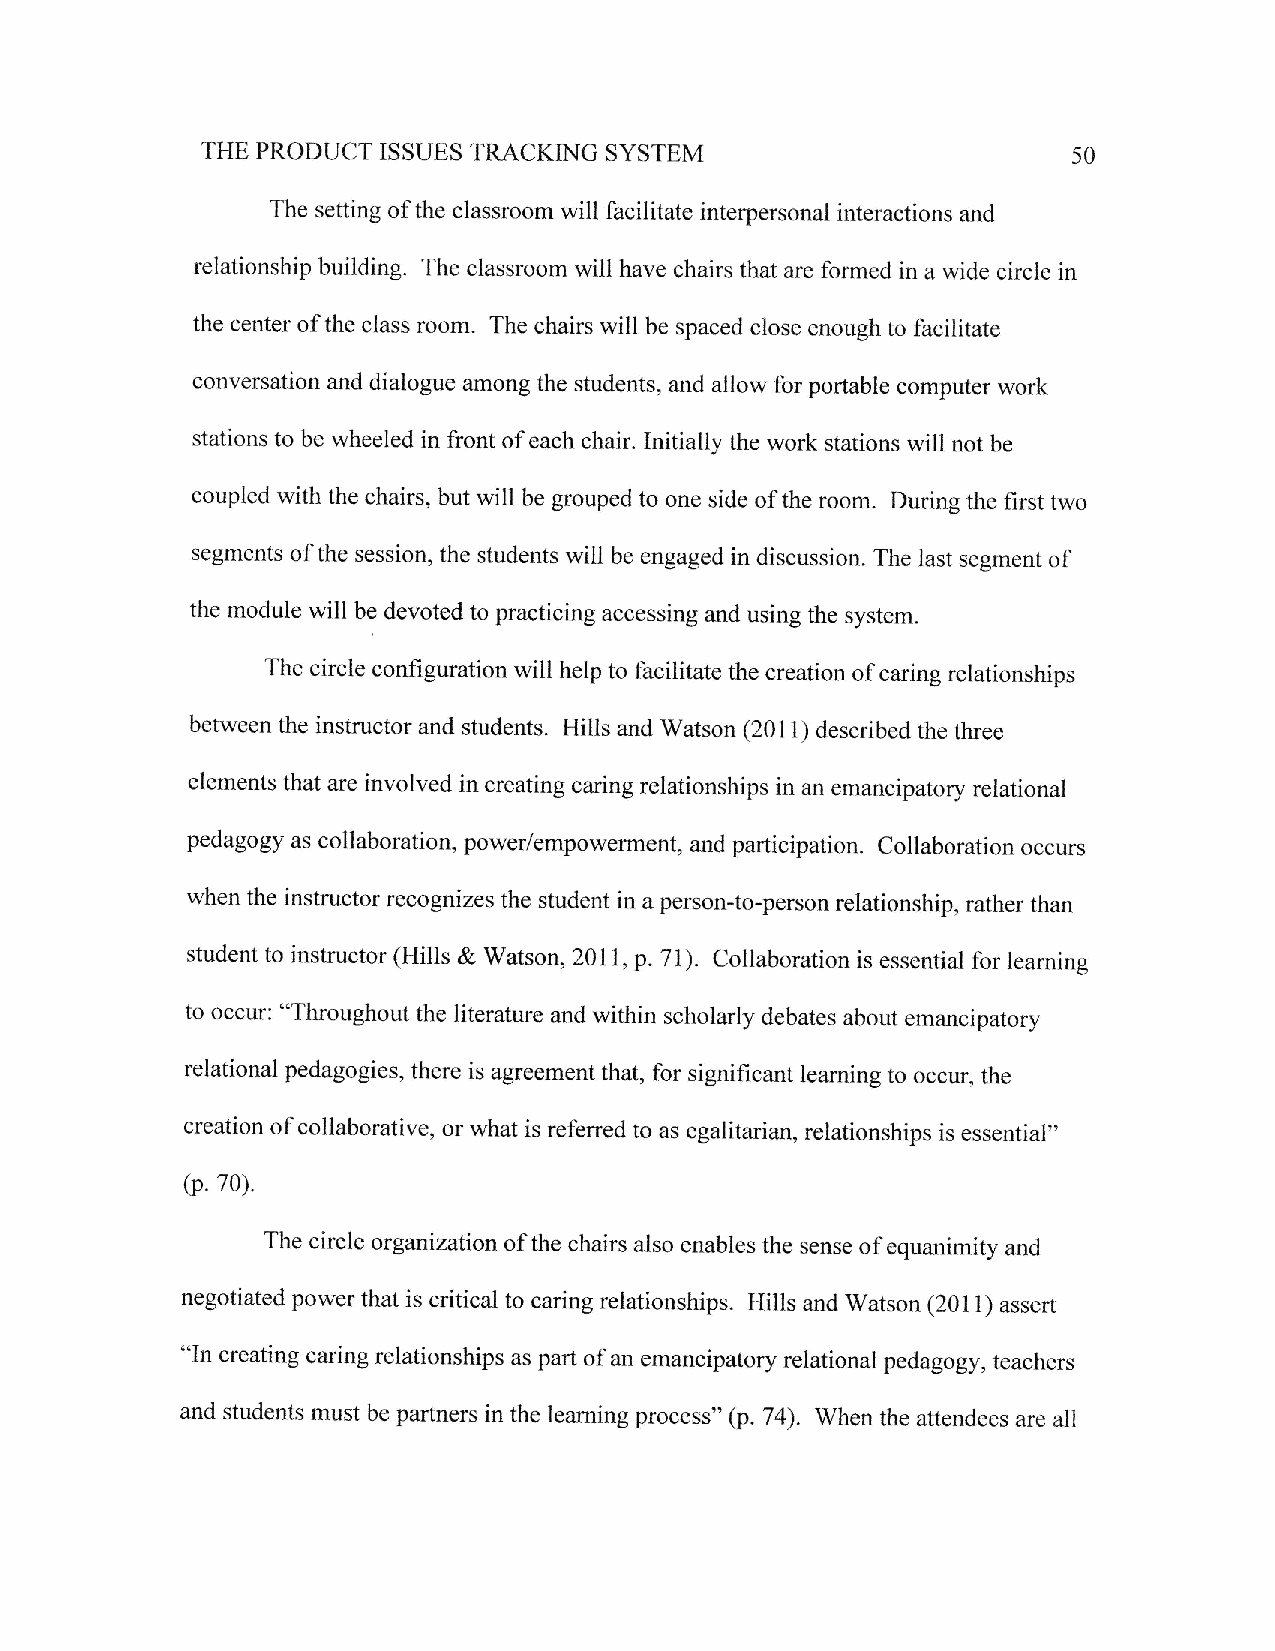
SYSTEM
 THE PRODUCT ISSUES TRACKING                               50
 The setting of the classroom will facilitate interpersonal interactions and
 relationship building. The classroom will have chairs that are formed in a wide circle in
 the center of the class room. The chairs will be spaced close enough to facilitate
 conversation and dialogue among the students, and allow for portable computer work
 stations to be wheeled in front of each chair. Initially the work stations will not be
 coupled with the chairs, but witl be grouped to one side of the room. During the first two
 segments of the session, the students will be engaged in discussion. The last segment of
 the module will be devoted to practicing accessing and using the system.
 The circle configuration will help to facilitate the creation of caring relationships
 between the instructor and students. Hills and Watson (201 t) described the three
 elements that are involved in creating caring relationships in an emancipatory relational
 pedagogy as collaboration, power/empowerment, and participation. Collaboration occurs
 when the instructor recognizes the student in a person-to-person relationship, rather than
 student to instructor (Hills & Watson, 2011,p. 71). Collaboration is essential for learning
 to occur: "Throughout the literature and within scholarly debates about emancipatory
 relational pedagogies, there is agreement that, for significant learning to occur, the
 creation of collaborative, or what is referred to as egalitarian, relationships is essential"
 (p. 7o).
 The circle organization ofthe chairs also enables the sense of equanimity and
 negotiated power that is critical to caring relationships. Hills and Watson (201l) assert
 "In creating caring relationships as part of an emancipatory relational pedagogy, teachers
 and students must be partners in the learning process" (p.74). When the attendees are all